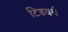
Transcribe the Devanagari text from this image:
टिडवर्थ